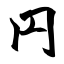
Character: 円